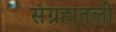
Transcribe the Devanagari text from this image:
संग्रहातली